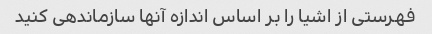
فهرستی از اشیا را بر اساس اندازه آنها سازماندهی کنید